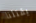
يقتلنا